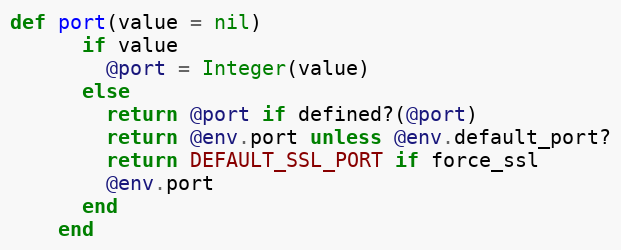
Language: Ruby
def port(value = nil)
      if value
        @port = Integer(value)
      else
        return @port if defined?(@port)
        return @env.port unless @env.default_port?
        return DEFAULT_SSL_PORT if force_ssl
        @env.port
      end
    end